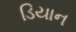
ડિયાન